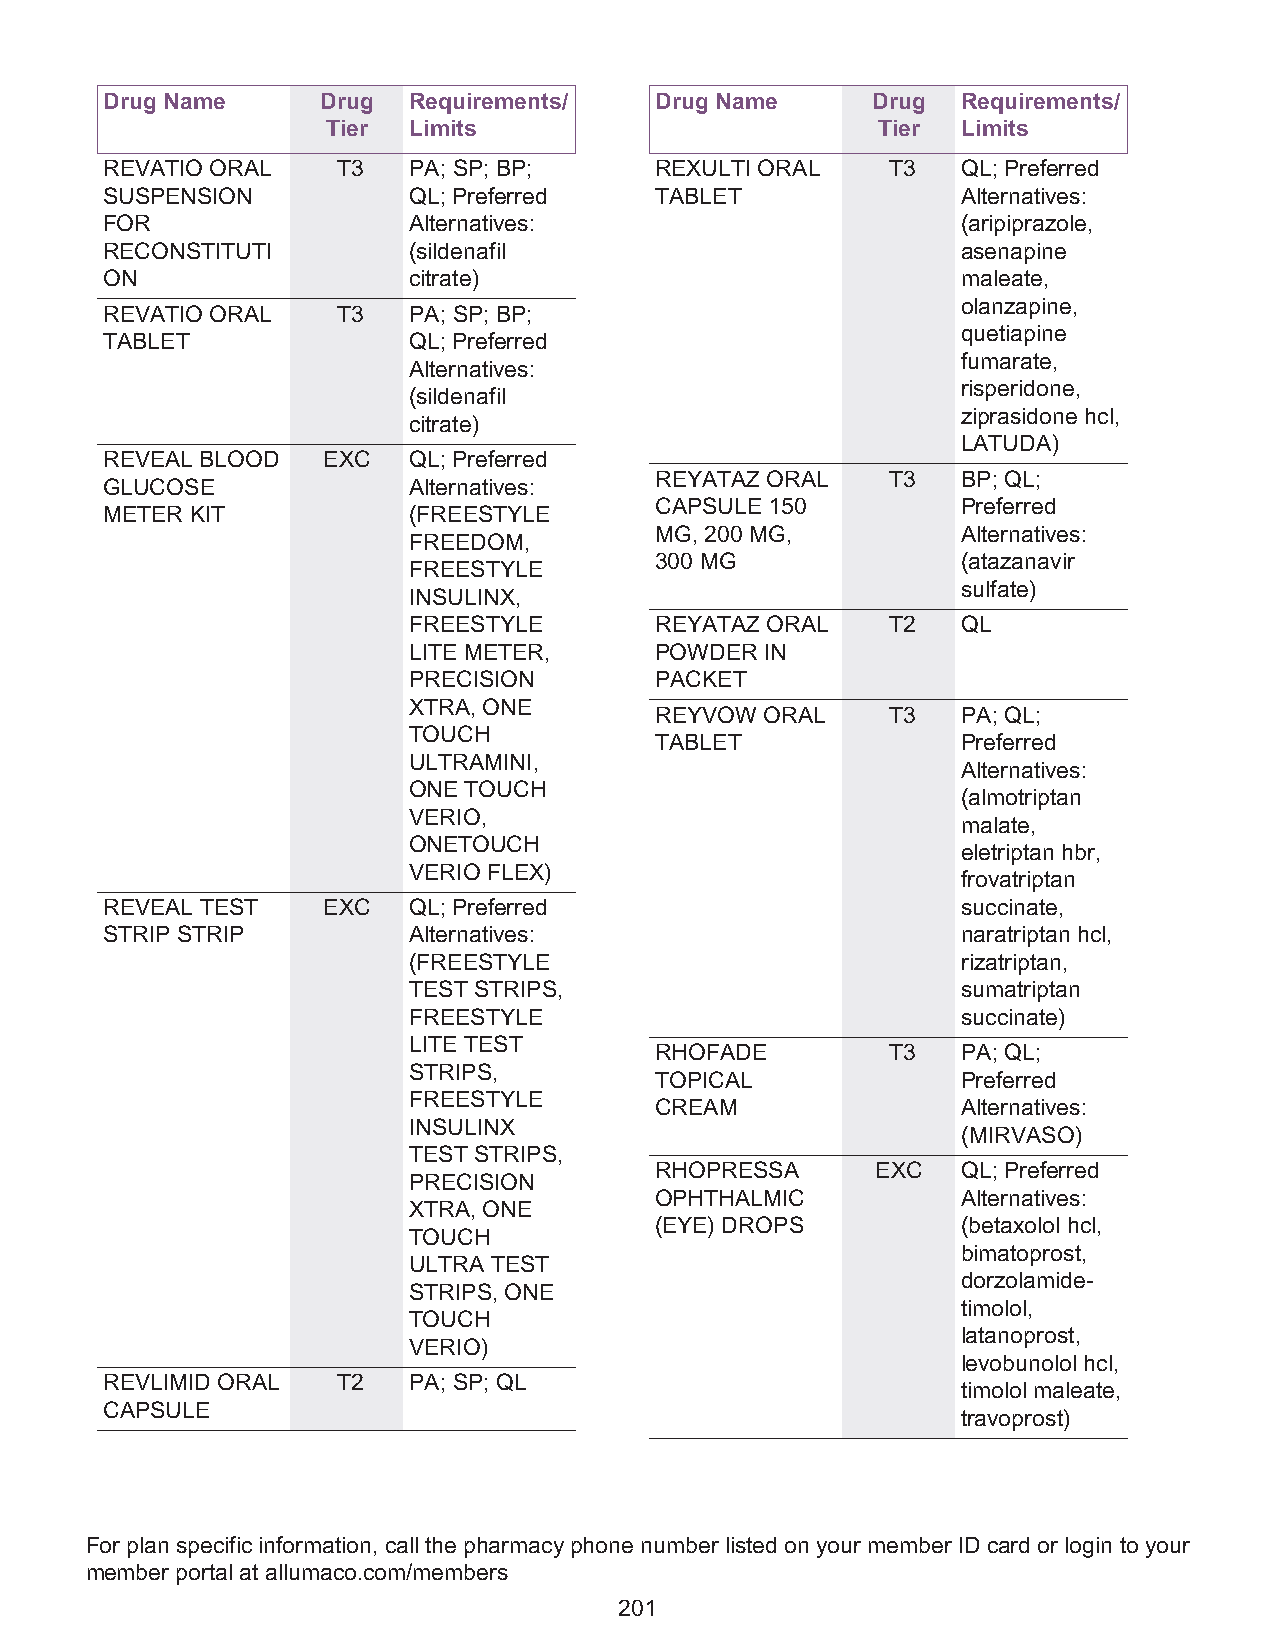
Drug Name     Drug  Requirements/   Drug Name      Drug  Requirements/
 Tier Limits                         Tier  Limits
 REVATIO ORAL   T3   PA; SP; BP;     REXULTI ORAL    T3   QL; Preferred
 SUSPENSION          QL; Preferred   TABLET               Alternatives:
 FOR                 Alternatives:                        (aripiprazole,
 RECONSTITUTI        (sildenafil                          asenapine
 ON                  citrate)                             maleate,
 olanzapine,
 REVATIO ORAL   T3   PA; SP; BP;
 quetiapine
 TABLET              QL; Preferred
 fumarate,
 Alternatives:
 risperidone,
 (sildenafil
 ziprasidone hcl,
 citrate)
 LATUDA)
 REVEAL BLOOD  EXC   QL; Preferred
 REYATAZ ORAL    T3   BP; QL;
 GLUCOSE             Alternatives:
 CAPSULE 150          Preferred
 METER KIT           (FREESTYLE
 MG, 200 MG,          Alternatives:
 FREEDOM,
 300 MG               (atazanavir
 FREESTYLE
 sulfate)
 INSULINX,
 FREESTYLE       REYATAZ ORAL    T2   QL
 LITE METER,     POWDER  IN
 PRECISION       PACKET
 XTRA, ONE
 REYVOW  ORAL    T3   PA; QL;
 TOUCH
 TABLET               Preferred
 ULTRAMINI,
 Alternatives:
 ONE TOUCH
 (almotriptan
 VERIO,
 malate,
 ONETOUCH
 eletriptan hbr,
 VERIO FLEX)
 frovatriptan
 REVEAL TEST   EXC   QL; Preferred                        succinate,
 STRIP STRIP         Alternatives:                        naratriptan hcl,
 (FREESTYLE                           rizatriptan,
 TEST STRIPS,                         sumatriptan
 FREESTYLE                            succinate)
 LITE TEST
 RHOFADE         T3   PA; QL;
 STRIPS,
 TOPICAL              Preferred
 FREESTYLE
 CREAM                Alternatives:
 INSULINX
 (MIRVASO)
 TEST STRIPS,
 RHOPRESSA      EXC   QL; Preferred
 PRECISION
 OPHTHALMIC           Alternatives:
 XTRA, ONE
 (EYE) DROPS          (betaxolol hcl,
 TOUCH
 bimatoprost,
 ULTRA TEST
 dorzolamide-
 STRIPS, ONE
 timolol,
 TOUCH
 latanoprost,
 VERIO)
 levobunolol hcl,
 REVLIMID ORAL  T2   PA; SP; QL
 timolol maleate,
 CAPSULE
 travoprost)
 For plan specific information, call the pharmacy phone number listed on your member ID card or login to your
 member portal at allumaco.com/members
 201